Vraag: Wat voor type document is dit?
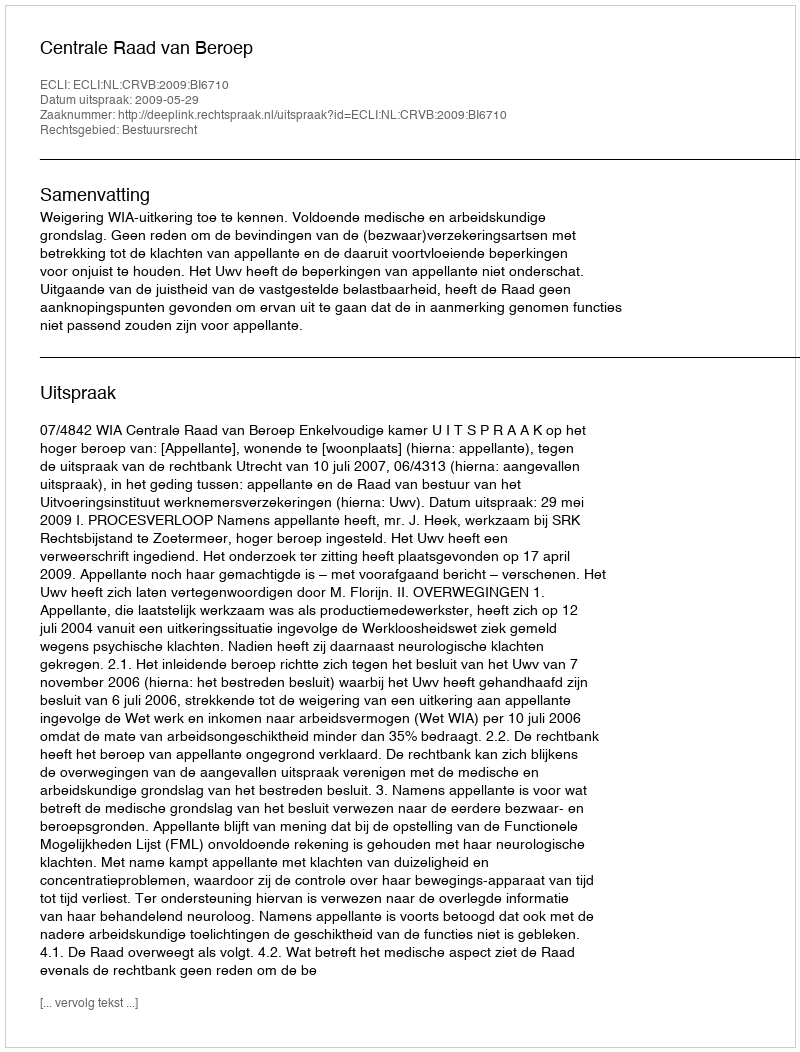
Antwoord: Uitspraak